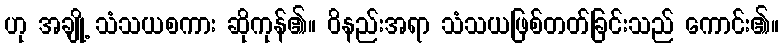
ဟု အချို့ သံသယစကား ဆိုကုန်၏။ ဝိနည်းအရာ သံသယဖြစ်တတ်ခြင်းသည် ကောင်း၏။